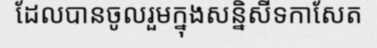
ដែលបានចូលរួមក្នុងសន្និសីទកាសែត